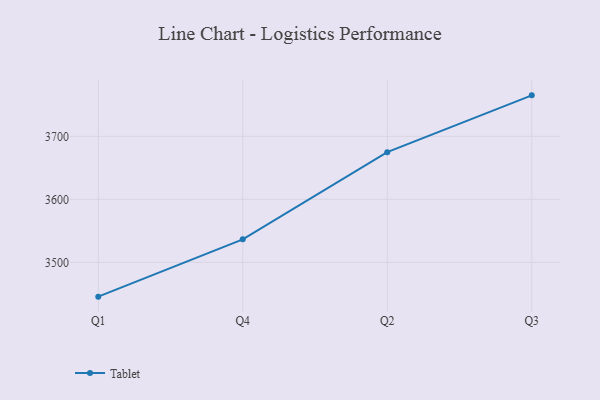
{"axis": {"x": "Quarter", "y": "Page Views"}, "legend": ["Tablet"], "data": [{"x": "Q1", "y": 3445.5, "type": "Tablet"}, {"x": "Q4", "y": 3536.5, "type": "Tablet"}, {"x": "Q2", "y": 3674.9, "type": "Tablet"}, {"x": "Q3", "y": 3765.1, "type": "Tablet"}]}